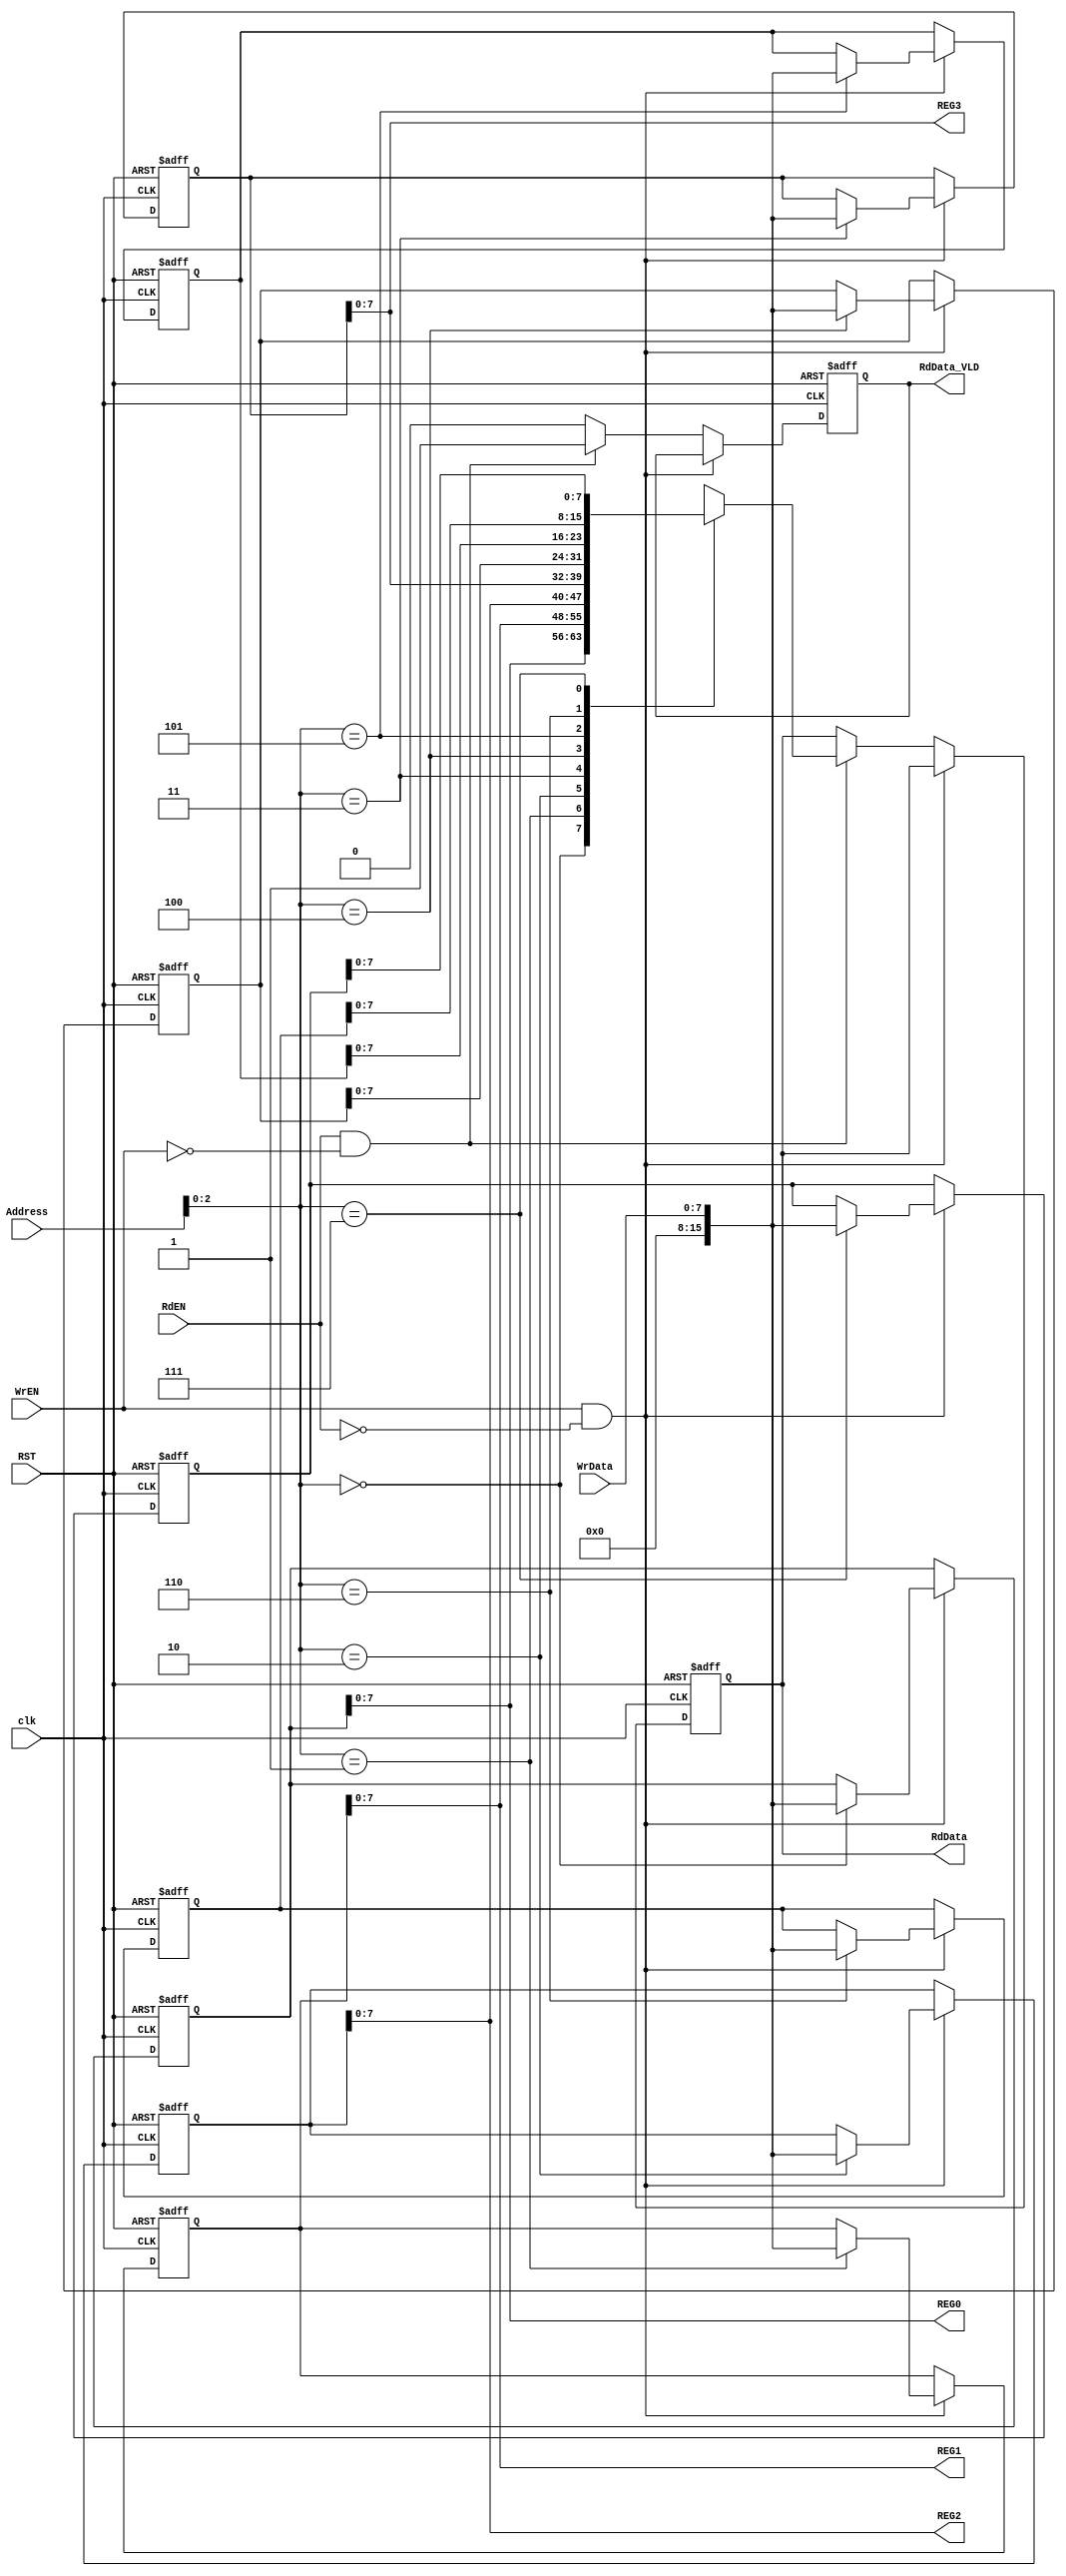
module REG
 (

    input  wire WrEN,
    input  wire RdEN,
    input  wire RST,
    input  wire clk,
    input  wire  [3:0] Address,
    input  wire  [7:0] WrData,  
    output reg   [7:0] RdData,
    output   reg   RdData_VLD,
    output   wire   [7:0]  REG0,
    output   wire   [7:0]  REG1,
    output   wire   [7:0]  REG2,
    output   wire   [7:0]  REG3

);

    reg [15:0] memory [7:0];        

    always @(posedge clk or negedge RST) 
	  begin
	    if(!RST)
	      begin
	        RdData_VLD <= 1'b0 ;
	        RdData     <= 1'b0 ;
	        memory [0] <= 8'd0;
	        memory [1] <= 8'd0;
	        memory [2] <= 'b001000_01 ;
	        memory [3] <= 'b0000_1000 ;
	        memory [4] <= 8'd0;
	        memory [5] <= 8'd0;
	        memory [6] <= 8'd0;
	        memory [7] <= 8'd0;
	        end
	        else
	          begin
      if(WrEN && !RdEN) 
		  begin
            memory[Address] <= WrData;
		  end
		else if (RdEN && !WrEN)
          begin
            RdData <= memory[Address]; 
            RdData_VLD <= 1'b1 ;
          end
        else
          RdData_VLD <= 1'b0 ;
        end
       end
assign REG0 = memory[0] ;
assign REG1 = memory[1] ;
assign REG2 = memory[2] ;
assign REG3 = memory[3] ;
endmodule